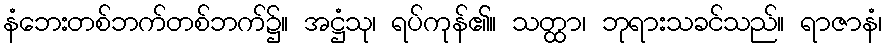
နံဘေးတစ်ဘက်တစ်ဘက်၌။ အဋ္ဌံသု၊ ရပ်ကုန်၏။ သတ္ထာ၊ ဘုရားသခင်သည်။ ရာဇာနံ၊